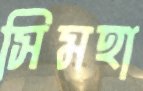
সিমহা